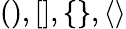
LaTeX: (),[],\{ \} ,\langle\rangle